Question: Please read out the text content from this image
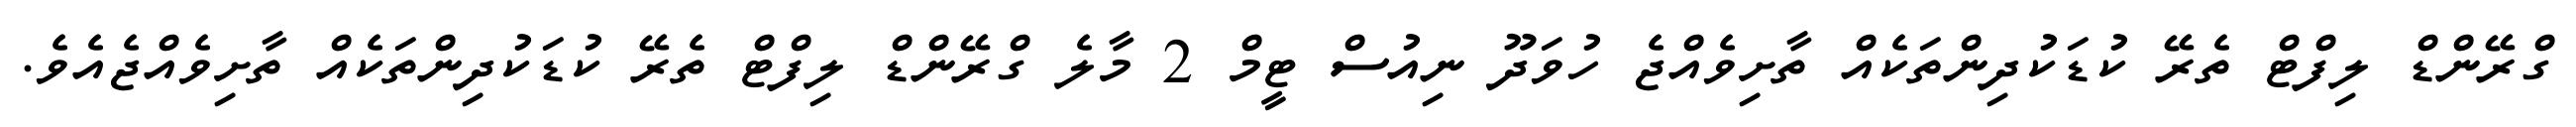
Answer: ގްރޭންޑް ލިފްޓް ތެރޭ ކުޑަކުދިންތަކެއް ތާށިވެއްޖެ ހުވަދޫ ނިއުސް ޓީމް 2 މާލެ ގްރޭންޑް ލިފްޓް ތެރޭ ކުޑަކުދިންތަކެއް ތާށިވެއްޖެއެވެ.